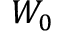
W _ { 0 }